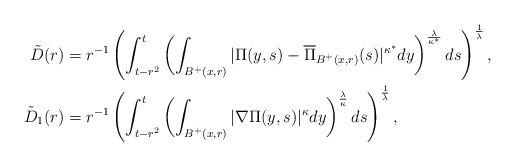
LaTeX: \begin{align*}\tilde{D}(r) &= r^{-1} \left(\int_{t-r^2}^{t}\left(\int_{B^+(x,r)}|\Pi(y,s)-\overline{\Pi}_{B^+(x,r)}(s)|^{\kappa^*}d y\right)^{\frac{\lambda}{\kappa^*}} ds\right)^{\frac{1}{\lambda}}, \\\tilde{D}_1(r) &= r^{-1} \left(\int_{t-r^2}^{t}\left(\int_{B^+(x,r)}|\nabla \Pi(y,s)|^{\kappa}d y\right)^{\frac{\lambda}{\kappa}} ds\right)^{\frac{1}{\lambda}},\end{align*}